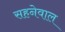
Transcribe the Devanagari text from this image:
सहनेवाल